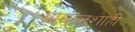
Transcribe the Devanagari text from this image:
सामन्‍तशाही